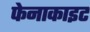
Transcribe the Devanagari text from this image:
फेनाकाइट